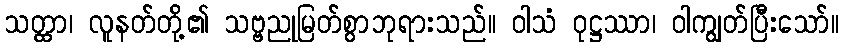
သတ္ထာ၊ လူနတ်တို့၏ သဗ္ဗညုမြတ်စွာဘုရားသည်။ ဝါသံ ဝုဋ္ဌဿာ၊ ဝါကျွတ်ပြီးသော်။